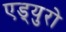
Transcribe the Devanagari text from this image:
एड्‌युरो